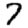
Digit: 7